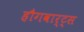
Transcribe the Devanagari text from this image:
हौगवार्ट्स